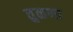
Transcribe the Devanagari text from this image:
तुळणा